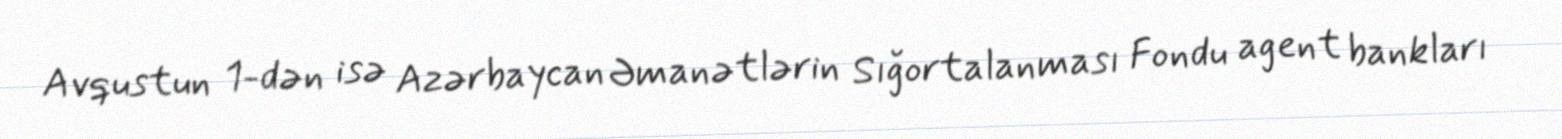
Avqustun 1-dən isə Azərbaycan Əmanətlərin Sığortalanması Fondu agent bankları